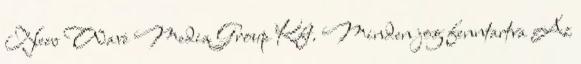
New Wave Media Group Kft. Minden jog fenntartva Az